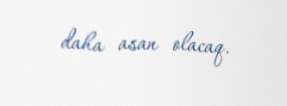
daha asan olacaq.